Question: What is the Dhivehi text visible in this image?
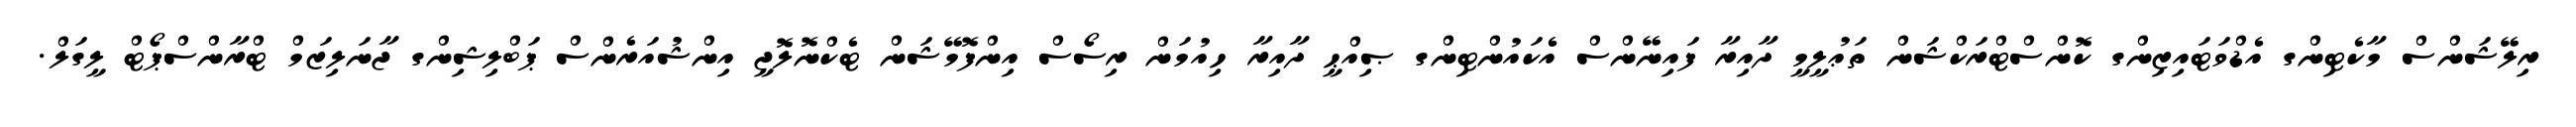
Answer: ރިލޭޝަންސް މާކެޓިންގ އެޑްވަޓައިޒިންގ ކޮންސްޓްރަކްޝަން ތަޢުލީމީ ދާއިރާ ފައިނޭންސް އެކައުންޓިންގ ޞިއްޙީ ދާއިރާ ހިއުމަން ރިސޯސް އިންފޮމޭޝަން ޓެކްނޮލޮޖީ އިންޝުއަރެންސް ޕަބްލިޝިންގ ޖާނަލިޒަމް ޓްރާންސްޕޯޓް ލީގަލް.